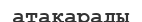
атақарады